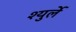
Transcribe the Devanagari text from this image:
श्युर्ले